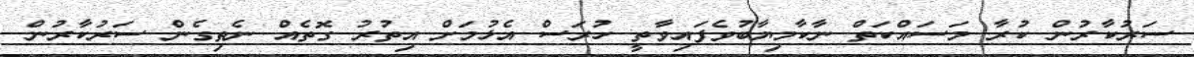
ސަރުކާރުން ކުރާ މަސައްކަތް ނާކާމިޔާބުވެފައިވާތީ ހުރަސް އެޅުމަށް އިތުރު ގޮތެއް ނެތިގެން ސަރުކާރުން